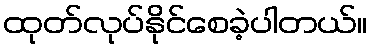
ထုတ်လုပ်နိုင်စေခဲ့ပါတယ်။